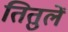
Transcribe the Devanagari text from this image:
तितुलें